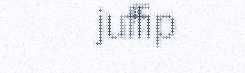
juffip